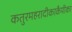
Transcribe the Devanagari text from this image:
कतुरमहरादीकाकैयीका